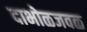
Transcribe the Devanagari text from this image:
दाभोळजवळ